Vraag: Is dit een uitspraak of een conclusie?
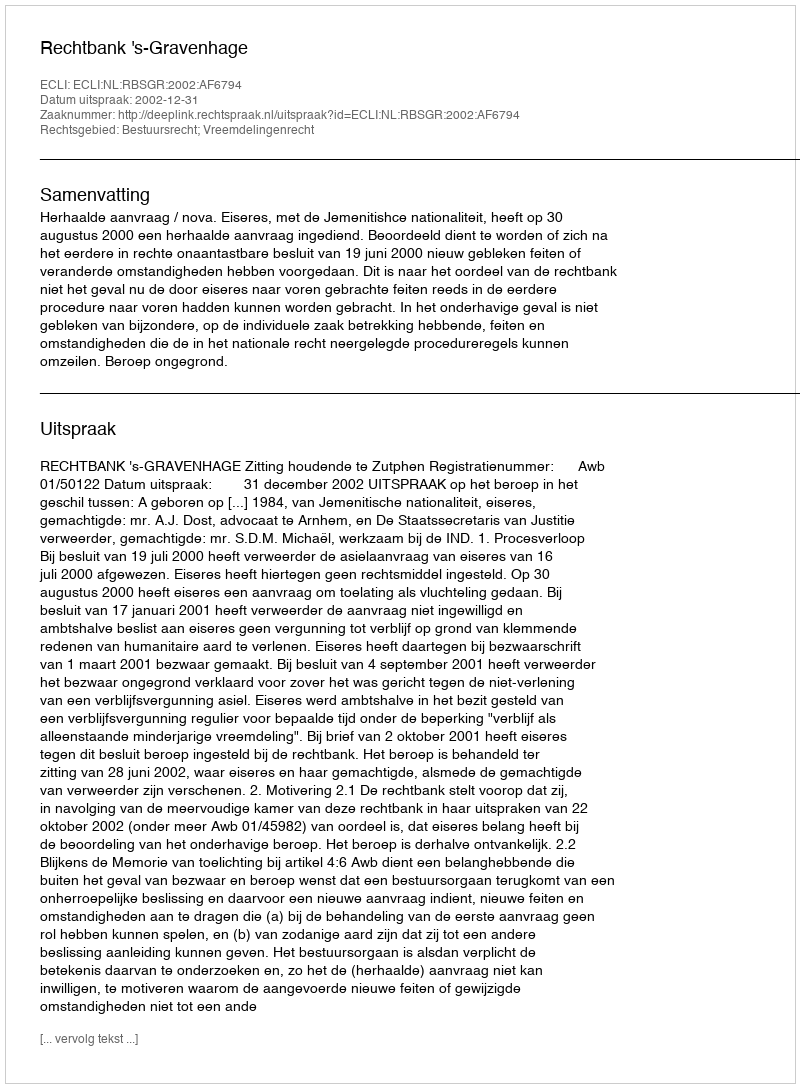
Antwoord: Uitspraak